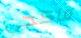
ماكجي